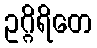
ဥဂ္ဂိရိတေ